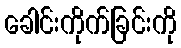
ခေါင်းကိုက်ခြင်းကို